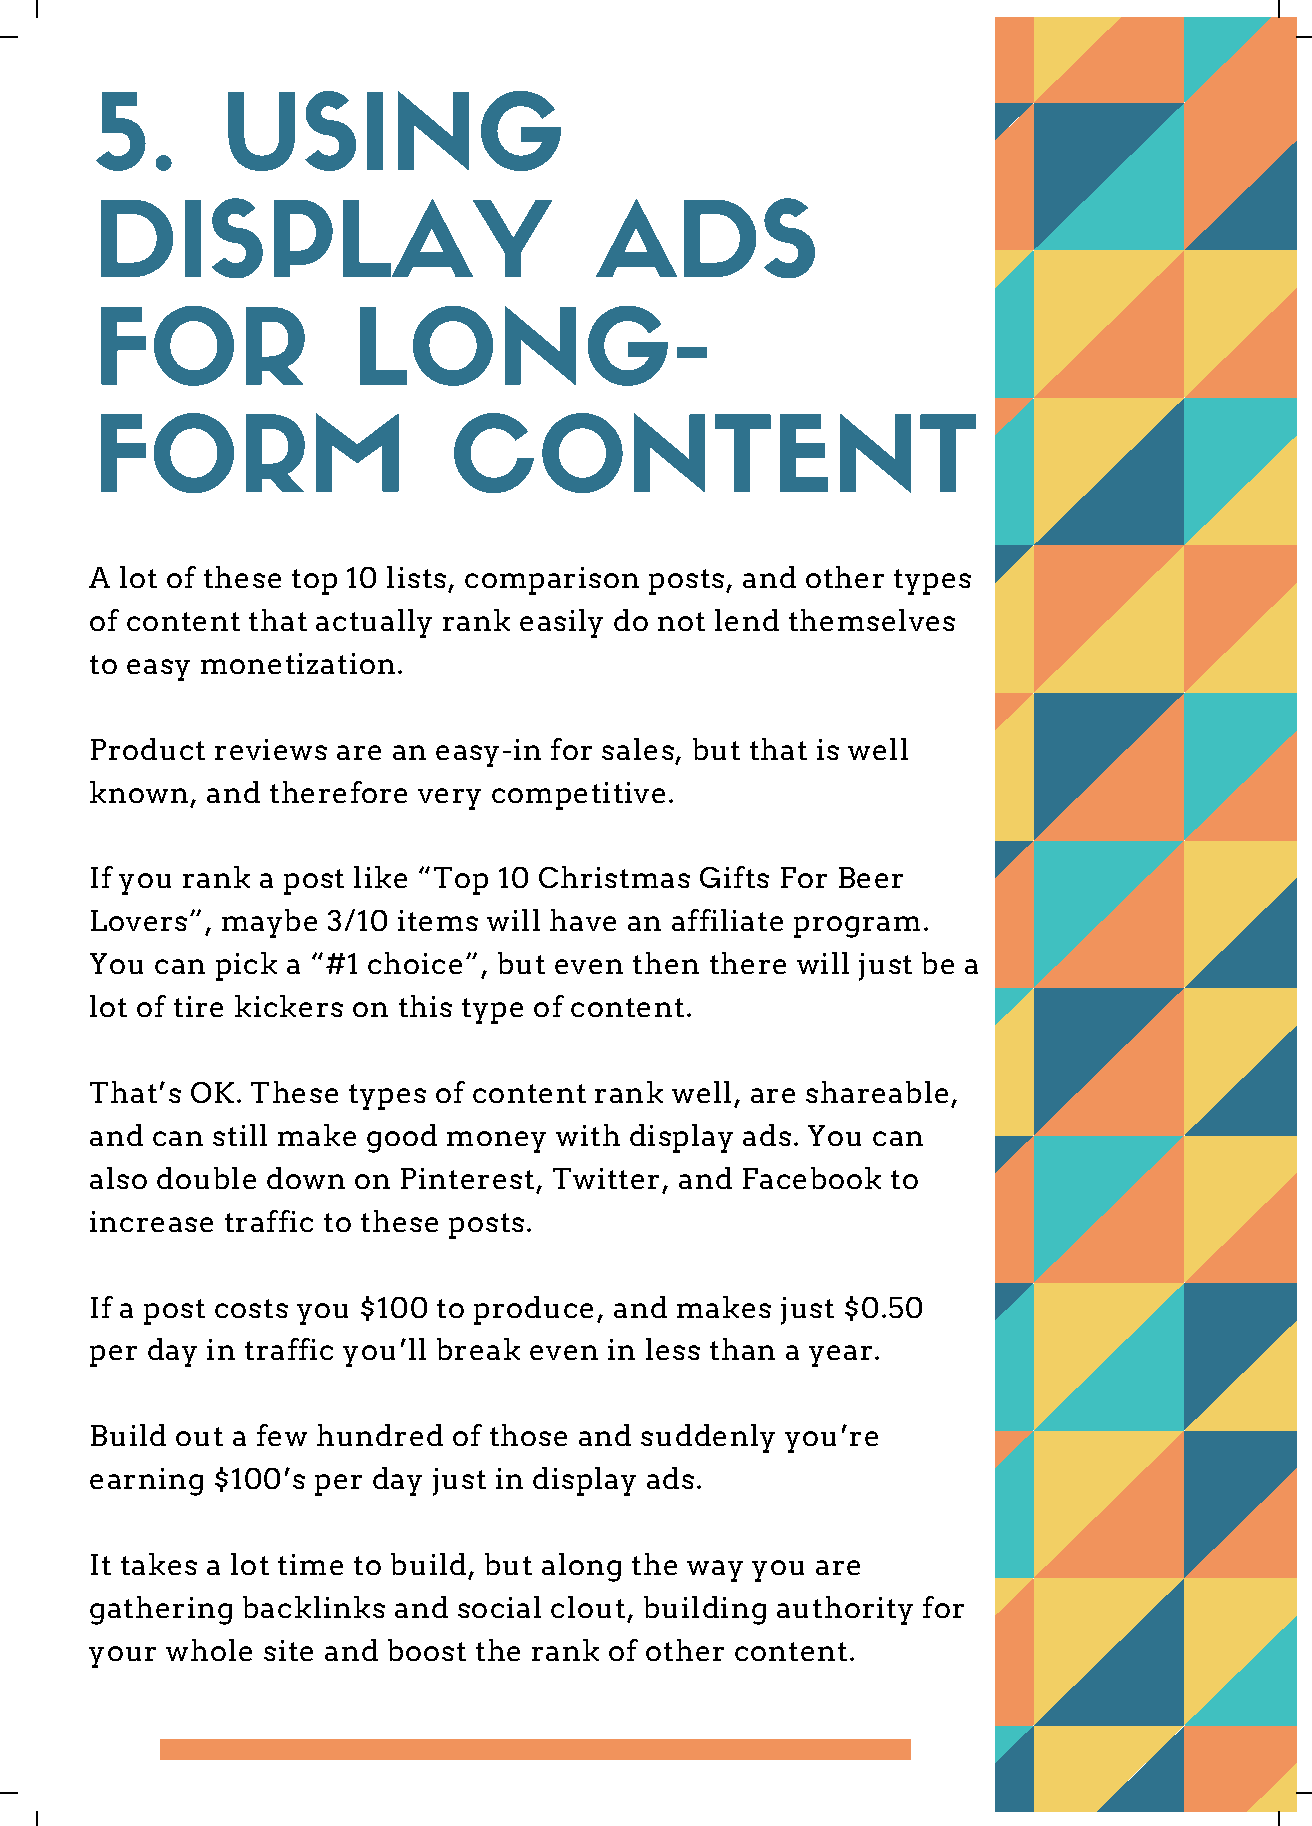
5.       USING
 DISPLAY                          ADS
 FOR              LONG-
 FORM                    CONTENT
 A lot of these top 10 lists, comparison posts, and other types
 of content that actually rank easily do not lend themselves
 to easy monetization.
 Product reviews are an easy-in for sales, but that is well
 known,  and therefore very competitive.
 If you rank a post like “Top 10 Christmas Gifts For Beer
 Lovers”, maybe  3/10 items will have an affiliate program.
 You can pick a “#1 choice”, but even then there will just be a
 lot of tire kickers on this type of content.
 That’s OK. These types of content rank well, are shareable,
 and can still make good money  with display ads. You can
 also double down on Pinterest, Twitter, and Facebook to
 increase traffic to these posts.
 If a post costs you $100 to produce, and makes just $0.50
 per day in traffic you’ll break even in less than a year.
 Build out a few hundred of those and suddenly you’re
 earning $100’s per day just in display ads.
 It takes a lot time to build, but along the way you are
 gathering backlinks and social clout, building authority for
 your whole site and boost the rank of other content.